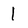
Character: 1